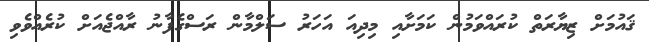
ޤައުމަށް ޒިޔާރަތް ކުރައްވަމުން ކަމަށާއި މިދިއަ އަހަރު ސަލްމާން ރަސްގެފާނު ރާއްޖެއަށް ކުރެއްވެވި